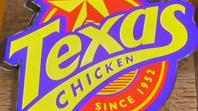
texas